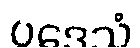
ပဒေသံ